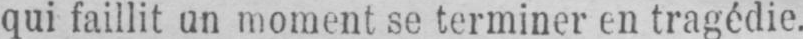
qui faillit un moment se terminer en tragédie.